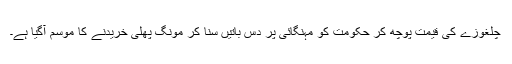
چلغوزے کی قیمت پوچھ کر حکومت کو مہنگائی پر دس باتیں سنا کر مونگ پھلی خریدنے کا موسم آگیا ہے۔